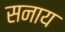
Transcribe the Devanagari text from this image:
सनाय